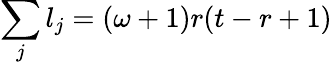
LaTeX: \sum_{j}l_{j}=(\omega+1)r(t-r+1)